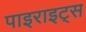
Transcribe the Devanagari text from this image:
पाइराइट्स